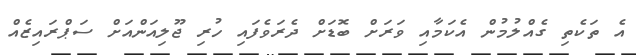
އެ ތަކެތި ގެއްލުމުން އެކަމާއި ވަރަށް ބޮޑަށް ދެރަވެފައި ހުރި ޖޫލިއަންއަށް ސަޕްރައިޒެއް